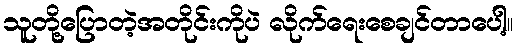
သူတို့ပြောတဲ့အတိုင်းကိုပဲ လိုက်ရေးစေချင်တာပေါ့။